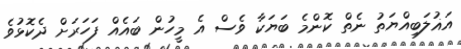
އަޣުލަބިއްޔަތު ނެތް ކޮންމެ ބަޔަކާ ވެސް އެ މީހުން ބައެއް ފަހަރަށް ދެކޮޅުވެ